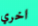
اخري